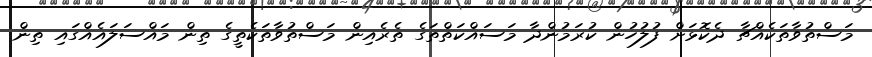
މަސްތުވާތަކެއްޗާ ދެކޮޅަށް ފުލުހުން ކުރަމުންދާ މަސައްކަތްތަގެ ތެރެއިން މަސްތުވާތަކެތީގެ ތިން މައްސަލައެއްގައި ތިން